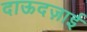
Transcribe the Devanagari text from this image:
दाऊदज़ाई